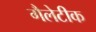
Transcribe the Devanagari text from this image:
गैलेटीक